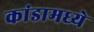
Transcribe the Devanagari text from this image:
कांडामध्ये